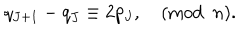
LaTeX: q _ { J + 1 } - q _ { J } \equiv 2 p _ { J } , \quad ( \mathrm { m o d } \, \, \, n ) .